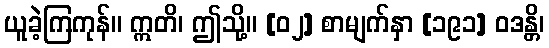
ယူခဲ့ကြကုန်။ ဣတိ၊ ဤသို့။ [၀၂] စာမျက်နှာ [၁၉၁] ဝဒန္တိ၊